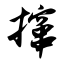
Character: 撺